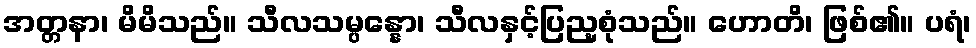
အတ္တနာ၊ မိမိသည်။ သီလသမ္ပန္နော၊ သီလနှင့်ပြည့စုံသည်။ ဟောတိ၊ ဖြစ်၏။ ပရံ၊